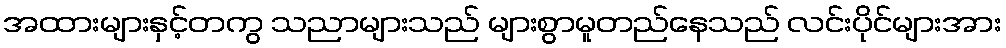
အထားများနှင့်တကွ သညာများသည် များစွာမူတည်နေသည် လင်းပိုင်များအား